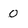
Character: 0